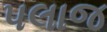
પલાજ